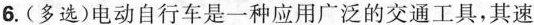
6.(多选)电动自行车是一种应用广泛的交通工具，其速